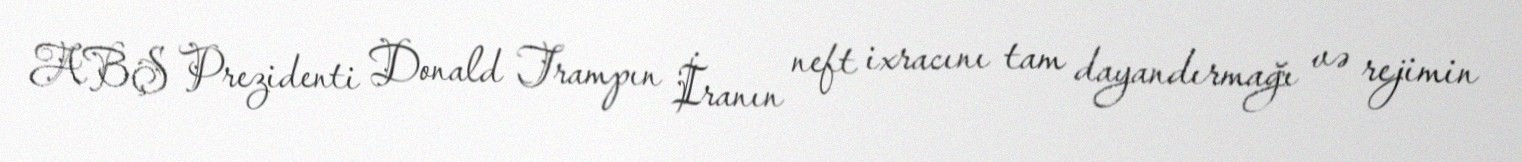
ABŞ Prezidenti Donald Trampın İranın neft ixracını tam dayandırmağı və rejimin